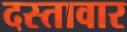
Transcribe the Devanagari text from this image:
दस्तावार